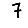
Digit: 7